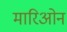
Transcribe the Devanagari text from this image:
मारिओन